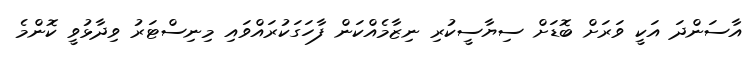
އާސަންދަ އަކީ ވަރަށް ބޮޑަށް ސިޔާސީކުރި ނިޒާމެއްކަން ފާހަގަކުރައްވައި މިނިސްޓަރު ވިދާޅުވީ ކޮންމެ